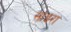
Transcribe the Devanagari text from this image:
साइरा